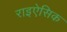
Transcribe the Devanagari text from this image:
राइऐसिक